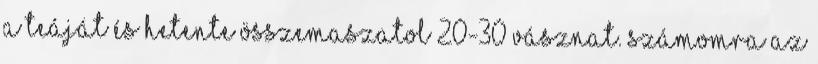
a teáját és hetente összemaszatol 20-30 vásznat. Számomra az